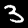
Label: 3